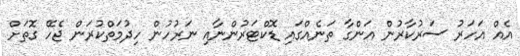
އެއް އަހަރު ސަރުކާރުން އަންގާ ތަނެއްގައި ޑޮކްޓަރުންނާއި ނަރުހުން ހިދުމަތްކުރަން ޖެހޭ ގޮތަށް